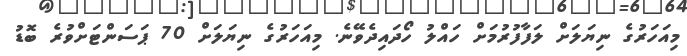
މިއަހަރުގެ ނިޔަލަށް ލަފާފުރުމަށް ހައްލު ހޯދައިދެވޭނެ. މިއަހަރުގެ ނިޔަލަށް 70 ޕަސަންޓަށްވުރެ ބޮޑު